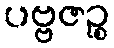
ပဗ္ဗဇဉ္စ